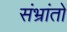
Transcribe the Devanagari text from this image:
संभ्रांतों